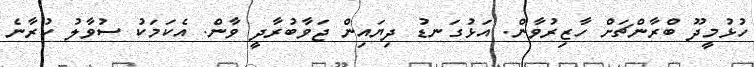
ހުޅުމީދޫ ބްރާންޗަށް ހާޒިރުވާން. އަޅުގަނޑު ދިޔައިން ޖަވާބުރާދީ ވާން. އެކަމަކު ސުވާލު ކުރާނެ